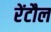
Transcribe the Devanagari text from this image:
रेंटौल